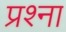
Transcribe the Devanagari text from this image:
प्रश्ना